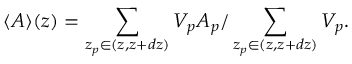
\langle A \rangle ( z ) = \sum _ { z _ { p } \in ( z , z + d z ) } V _ { p } A _ { p } / \sum _ { z _ { p } \in ( z , z + d z ) } V _ { p } .